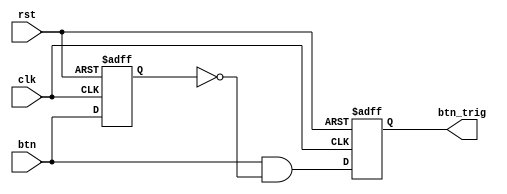

module oneshot_unversal(clk, rst, btn, btn_trig);

parameter WIDTH = 1;
input clk, rst;
input [WIDTH-1:0] btn;
reg[WIDTH-1:0] btn_reg;
output reg [WIDTH-1 :0] btn_trig;

always @(negedge rst or posedge clk) begin
    if(!rst) begin
        btn_reg <= {WIDTH{1'b0}};
        btn_trig <= {WIDTH{1'b0}};
    end
    else begin
        btn_reg <= btn;
        btn_trig <= btn & ~btn_reg;
    end     
end
 
endmodule